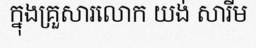
ក្នុងគ្រួសារលោក យង់ សារីម